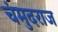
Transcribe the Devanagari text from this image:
चंमुदराज